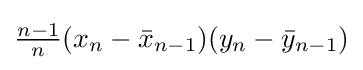
{\textstyle {\frac {n-1}{n}}(x_{n}-{\bar {x}}_{n-1})(y_{n}-{\bar {y}}_{n-1})}